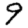
Digit: 9